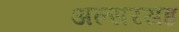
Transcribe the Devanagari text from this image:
अल्सरसह